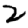
Digit: 2